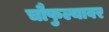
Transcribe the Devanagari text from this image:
चौफुल्यावर